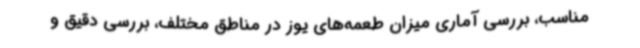
مناسب، بررسی آماری میزان طعمه‌های یوز در مناطق مختلف، بررسی دقیق و